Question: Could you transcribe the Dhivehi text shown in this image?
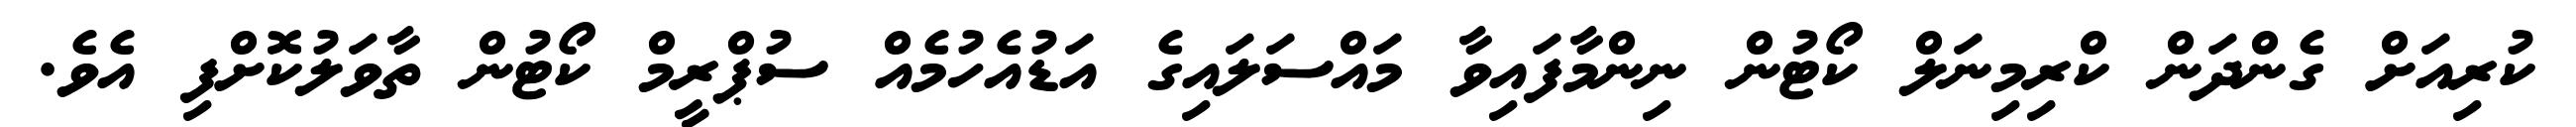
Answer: ކުރިއަށް ގެންދަން ކްރިމިނަލް ކޯޓުން ނިންމާފައިވާ މައްސަލައިގެ އަޑުއެހުމެއް ސުޕްރީމް ކޯޓުން ތާވަލުކޮށްފި އެވެ.